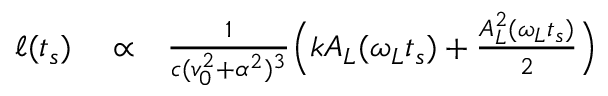
\begin{array} { r l r } { \ell ( t _ { s } ) } & { { } \propto } & { \frac { 1 } { c ( v _ { 0 } ^ { 2 } + \alpha ^ { 2 } ) ^ { 3 } } \Big ( k A _ { L } ( \omega _ { L } t _ { s } ) + \frac { A _ { L } ^ { 2 } ( \omega _ { L } t _ { s } ) } { 2 } \Big ) } \end{array}